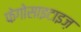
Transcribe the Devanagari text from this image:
फेगोसाइटाइज़